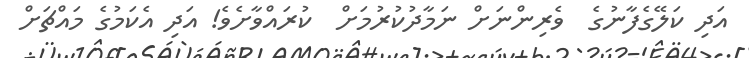
އަދި ކަލޭގެފާނުގެ  ވެރިންނަށް ނަމާދުކުރުމަށް  ކުރައްވާށެވެ! އަދި އެކަމުގެ މައްޗަށް